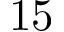
1 5